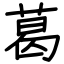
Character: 葛